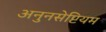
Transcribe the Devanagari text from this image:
अनुनसेप्टियम